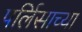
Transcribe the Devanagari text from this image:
पर्लिसाच्या